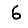
Digit: 6